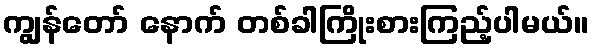
ကျွန်တော် နောက် တစ်ခါကြိုးစားကြည့်ပါမယ်။